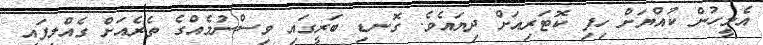
އެމީހުން ކުއްޔަށް ހިފި ކޮޓަރިއަށް ދިޔައެވެ. ގޮނޑި ބަރީގައި ވިސްނުމެއްގެ ތެރެއަށް ގެއްލިފައި